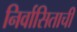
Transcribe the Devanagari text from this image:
निर्वासिताची